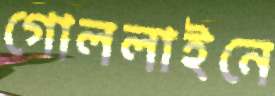
গোললাইনে